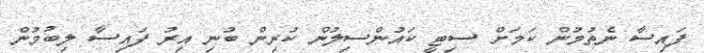
ފައިސާ ނެތުމުން ކަމަށް ސިޓީ ކައުންސިލުން ކުރިން ބުނި އިރު ފައިސާ ލިބުމުން